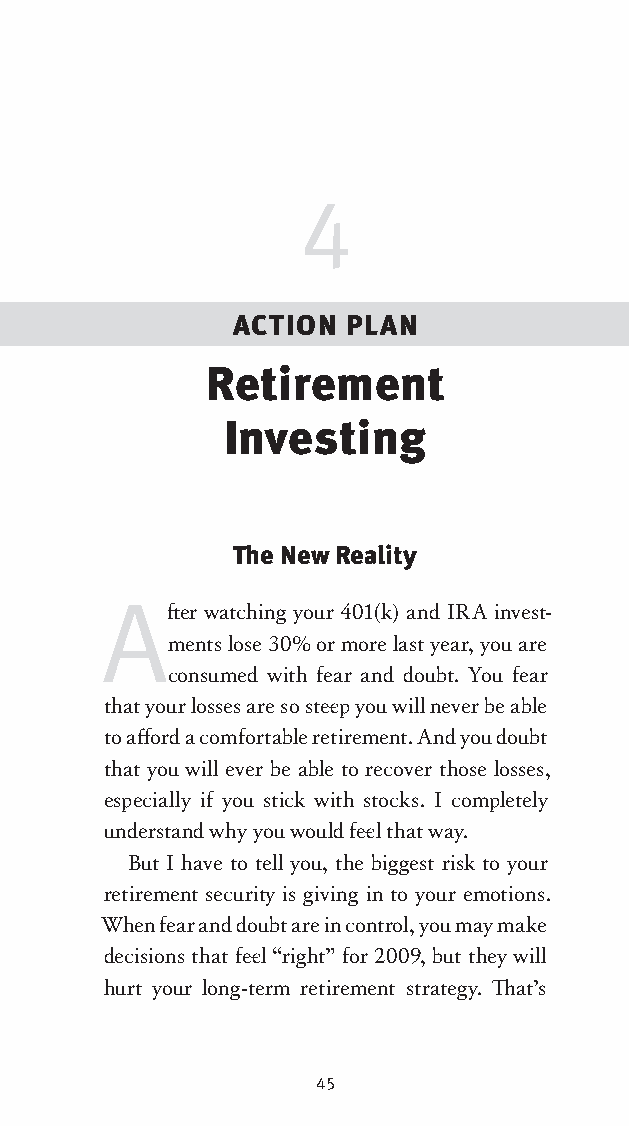
4
 ACTION PLAN
 Retirement
 Investing
 The New Reality
 A
 ft er watching your 401(k) and IRA invest-
 ments lose 30% or more last year, you are
 consumed with fear and doubt. You fear
 that your losses are so stee p you will never be able
 to aff ord a comfortable retirement. And you doubt
 that you will ever be able to recover those losses,
 especially if you stick with stocks. I completely
 understand why you would fee l that way.
 But I have to tell you, the biggest risk to your
 retirement security is giving in to your emotions.
 When fear and doubt are in control, you may make
 decisions that fee l “right” for 2009, but they will
 hurt your long-term retirement strategy. Th at’s
 45
 OOrrmmaa__99778800338855553300993344__44pp__aallll__rr11..iinndddd 4455 1122//33//0088 99::3311::0066 AAMM